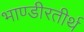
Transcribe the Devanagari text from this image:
भाण्डीरतीर्थ